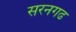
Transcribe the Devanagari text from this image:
सरनगढ